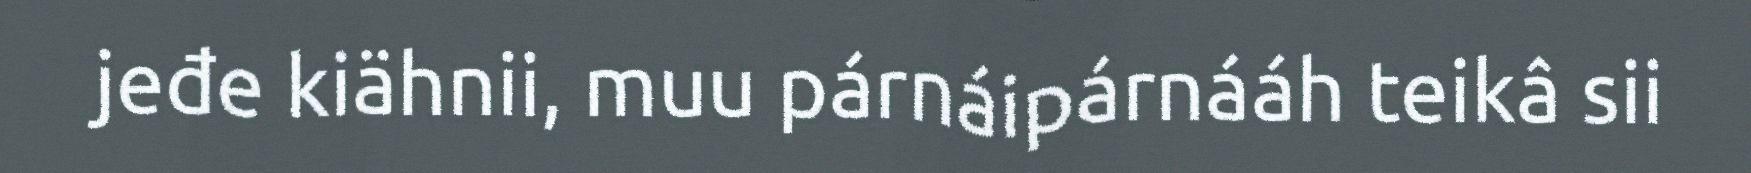
jeđe kiähnii, muu párnáipárnááh teikâ sii